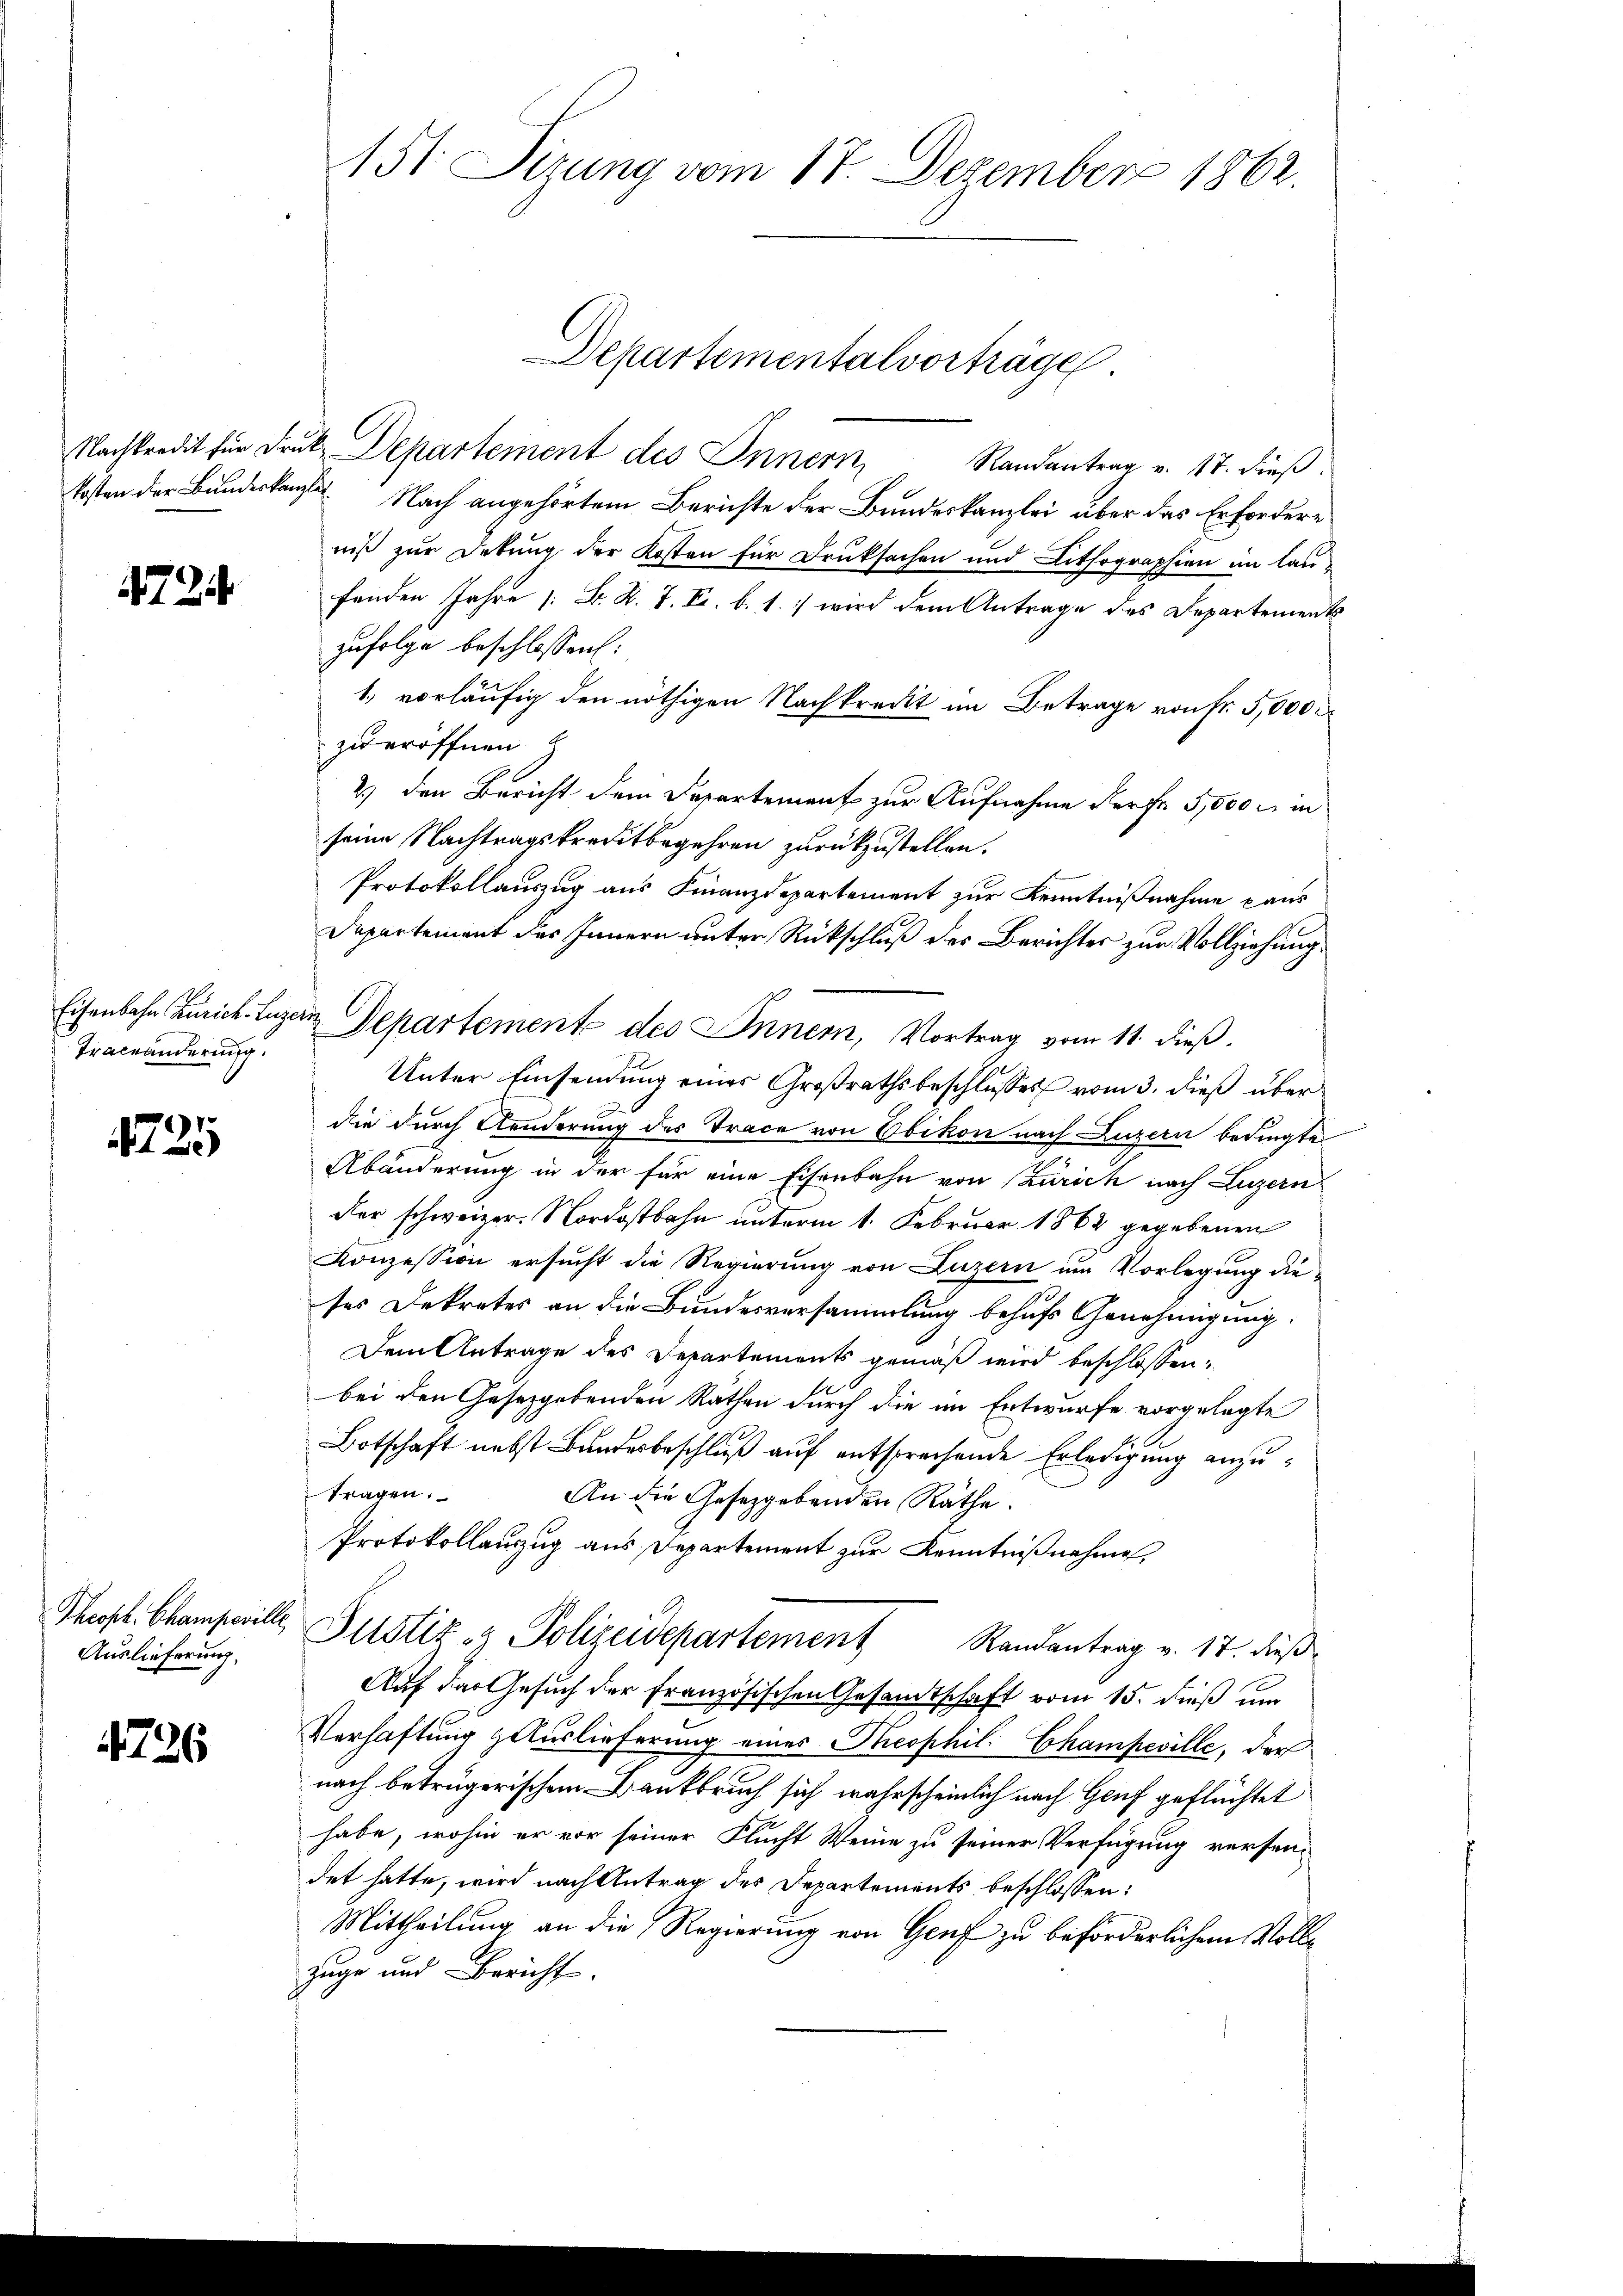
4724

Traceänderung.

225

Theoph. Champeville,
Auslieferung.

4726

151. Sirung vom 17. Dezember 1862.

Departementalvorträge
Nachkredit für Frk. Departement des Innern, Randantrag v. 17. dieß
kosten der Bundeskanzler Nach angehörtem Berichte der Bundeskanzlei über das Erfordere
niß zur Detung der Kosten für Druksachen und Lithographien im laufenden Jahre [: B. K. J. F. b. 1. wird dem Antrage des Departement
zufolge beschlossen:
1. vorläufig den nöthigen Nachkredit im Betrage von Fr. 5,000
zu eröffnen
2.) Den Bericht dem Departement zur Aufnahme dürfe 5,000 M in
seine Nachtragskreditbegehren zurückzustellen.
Protokollauszug aus Finanzdepartement zur Kenntnißnahme aus
Departement des Innern unter Rückschluß des Berichter zur Vollziehung.
Eisenbahn Zürich-Luzern Departement des Innern, Vortrag vom 11. dieβ.
Unter Einsendung eines Großrathsbeschlusses vom 3. dieß über
die durch Aenderung des Trace von Ebikon nach Luzern bedingte
Abänderung in der für eine Eisenbahn von Zürich nach Luzern
der schweizer. Nordostbahn unterm 1. Februar 1862 gegebenen
Konzession ersŭcht die Regierŭng von Luzern ŭm Vorlegŭng dieses Dekretes an die Bundesversammlung behufs Genehmigung.
Dem Antrage des Departements gemäß wird beschlossen:
bei den Gesetzgebenden Räthen durch die im Entwurfe vorgelegte
Botschaft nebst Bundesbeschluß auf entsprechende Erledigung anzutragen.
An die Gesetzgebenden Räthe:
Protokollanzug aus Departement zur Kenntnißnahme,
Justiz- & Polizeidepartement Randantrag v. 17. dieß
Auf das Gesuch der französischen Gesandtschaft vom 15. dieß um
Verhaftung zuluslieferung eines Theophil. Champeville, der
nach beträgerischem Bankbruch sich wahrscheinlich nach Genf geflüchtet
habe, wohin er vor seiner Flucht Weine zu seiner Verfügung versen-
det hatte, wird nach Antrag des Departements beschlossen:
Mittheilung an die Regierung von Genf zu beförderlichem Vollzuge und Bericht.